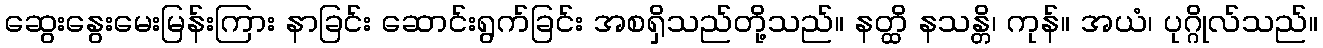
ဆွေးနွေးမေးမြန်းကြား နာခြင်း ဆောင်းရွက်ခြင်း အစရှိသည်တို့သည်။ နတ္ထိ နသန္တိ၊ ကုန်။ အယံ၊ ပုဂ္ဂိုလ်သည်။